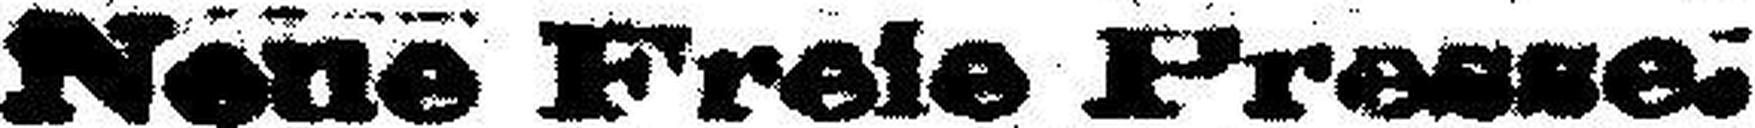
Neue Freie Presse.